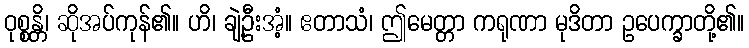
ဝုစ္စန္တိ၊ ဆိုအပ်ကုန်၏။ ဟိ၊ ချဲ့ဦးအံ့။ ဧတာသံ၊ ဤမေတ္တာ ကရုဏာ မုဒိတာ ဥပေက္ခာတို့၏။